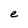
Character: e